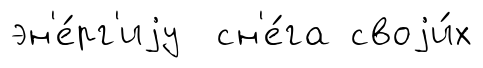
эн'е́рг'иjу сн'е́га своjи́х